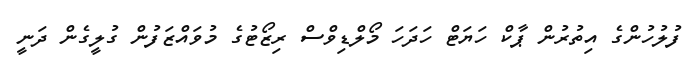
ފުލުހުންގެ އިތުރުން ޕާކް ހަޔަޓް ހަދަހަ މޯލްޑިވްސް ރިޒޯޓުގެ މުވައްޒަފުން ގުލީގެން ދަނީ